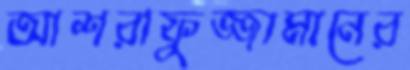
আশরাফুজ্জামানের